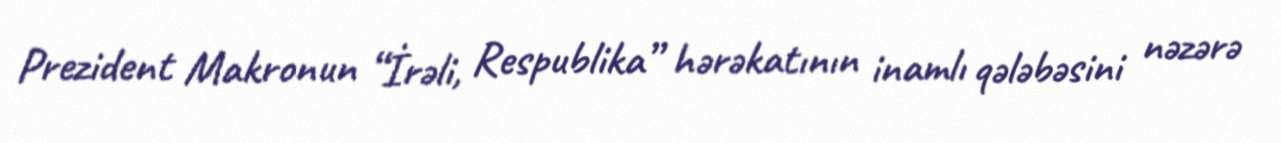
Prezident Makronun “İrəli, Respublika” hərəkatının inamlı qələbəsini nəzərə